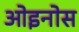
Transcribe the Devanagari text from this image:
ओइनोस